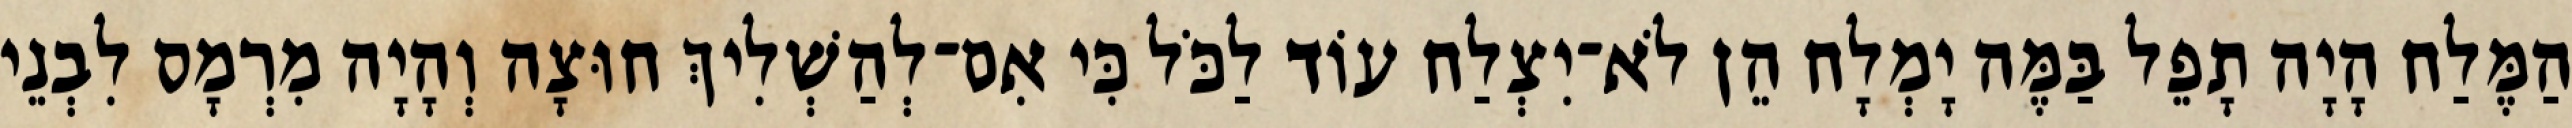
הַמֶּלַח הָיָה תָפֵל בַּמֶּה יָמְלָח הֵן לֹא־יִצְלַח עוֹד לַכֹּל כִּי אִם־לְהַשְׁלִיךְ חוּצָה וְהָיָה מִרְמָס לִבְנֵי